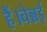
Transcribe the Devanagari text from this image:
हैं।चेन्नई